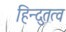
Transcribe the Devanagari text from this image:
हिन्दुतत्व